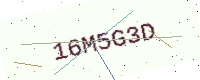
Text: 16M5G3D